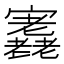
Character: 𡬁